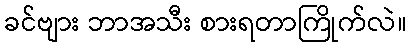
ခင်ဗျား ဘာအသီး စားရတာကြိုက်လဲ။